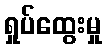
ရှုပ်ထွေးမှု